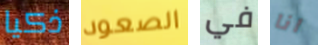
ذكيا الصعود في انا